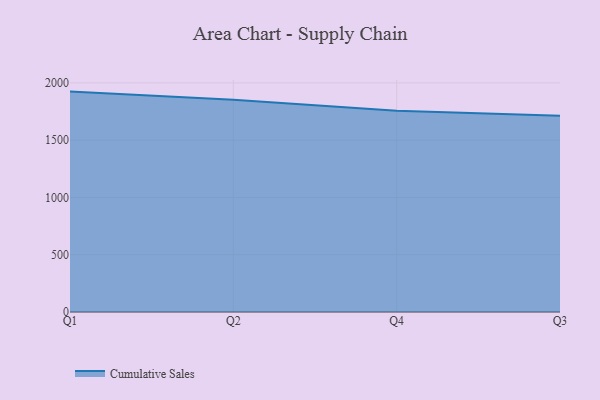
{"axis": {"x": "Quarter", "y": "Production Output"}, "legend": ["Cumulative Sales"], "data": [{"x": "Q1", "y": 1924.1, "type": "Cumulative Sales"}, {"x": "Q2", "y": 1853.5, "type": "Cumulative Sales"}, {"x": "Q4", "y": 1756.8, "type": "Cumulative Sales"}, {"x": "Q3", "y": 1713.0, "type": "Cumulative Sales"}]}